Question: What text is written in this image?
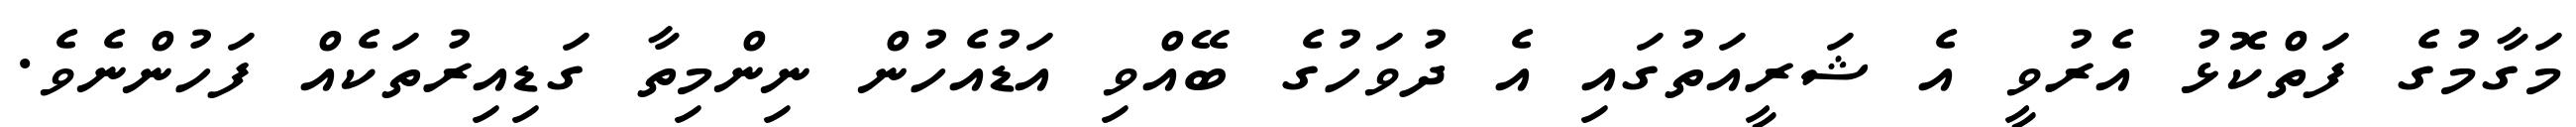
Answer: މަގާމުގެ ފަތްކޮޅު އެރުވީ އެ ޝަރީއަތުގައި އެ ދުވަހުގެ ބޭއްވި އަޑުއެހުން ނިންމިތާ ގަޑިއިރުތަކެއް ފަހުންނެވެ.